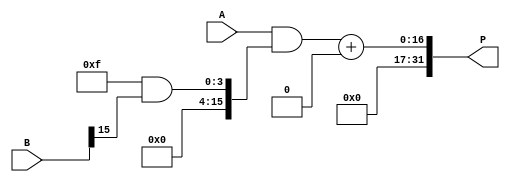
module wallace_tree_multiplier #(
    parameter A_WIDTH = 16, // Width of multiplicand
    parameter B_WIDTH = 16, // Width of multiplier
    parameter P_WIDTH = A_WIDTH + B_WIDTH // Width of product
)(
    input  [A_WIDTH-1:0] A, // Multiplicand
    input  [B_WIDTH-1:0] B, // Multiplier
    output [P_WIDTH-1:0] P // Product
);

    // Generate partial products
    wire [A_WIDTH-1:0] pp[B_WIDTH-1:0]; // Partial products
    genvar i;
    generate
        for (i = 0; i < B_WIDTH; i = i + 1) begin : pp_gen
            assign pp[i] = A & { {A_WIDTH{i}} & B[i] }; // AND each bit of B with A
        end
    endgenerate

    // Wallace tree reduction
    wire [P_WIDTH-1:0] sum [B_WIDTH-1:0]; // Sums at each stage
    wire [B_WIDTH-1:0] carry [B_WIDTH-1:0]; // Carries at each stage

    // Stage 1: Half adders and full adders
    genvar j;
    generate
        for (j = 0; j < B_WIDTH; j = j + 1) begin : stage1
            if (j < B_WIDTH - 1) begin
                // Half adder for the first two bits
                assign {carry[j][0], sum[j][0]} = pp[j][0] + pp[j+1][0];
                // Full adders for the remaining bits
                assign {carry[j][1], sum[j][1]} = pp[j][1] + pp[j+1][1] + carry[j][0];
                assign {carry[j][2], sum[j][2]} = pp[j][2] + pp[j+1][2] + carry[j][1];
                // Continue for higher bits as needed
            end else begin
                // For the last stage, just pass through
                assign sum[j] = pp[j];
                assign carry[j] = 0;
            end
        end
    endgenerate

    // Final addition stage
    wire [P_WIDTH-1:0] final_sum;
    wire [P_WIDTH-1:0] final_carry;

    assign final_sum = sum[B_WIDTH-1] + carry[B_WIDTH-1];

    // Assign the final product
    assign P = final_sum;

endmodule